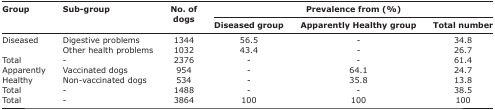
| <ROWSPAN=3> Group | <ROWSPAN=3> Sub-group | <ROWSPAN=3> No. of dogs | <COLSPAN=3> Prevalence from (%) |
 | Diseased group | Apparently Healthy group | Total number |
 | --- | --- | --- | --- | --- | --- |
 | <ROWSPAN=2> Diseased | Digestive problems | 1344 | 56.5 | - | 34.8 |
 | Other health problems | 1032 | 43.4 | - | 26.7 |
 | Total | - | 2376 | - | - | 61.4 |
 | <ROWSPAN=2> Apparently Healthy | Vaccinated dogs | 954 | - | 64.1 | 24.7 |
 | Non-vaccinated dogs | 534 | - | 35.8 | 13.8 |
 | Total | - | 1488 | - | - | 38.5 |
 | Total | - | 3864 | 100 | 100 | 100 |